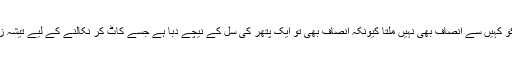
ان مظلوموں کو کہیں سے انصاف بھی نہیں ملتا کیونکہ انصاف بھی تو ایک پتھر کی سل کے نیچے دبا ہے جسے کاٹ کر نکالنے کے لیے تیشہ زر درکار ہے۔